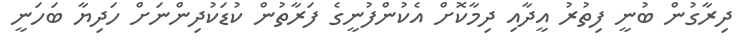
ދިރާގުން ބުނީ ފިތުރު އީދާއި ދިމާކޮށް އެކުންފުނީގެ ފަރާތުން ކުޑަކުދިންނަށް ހަދިޔާ ބަހަނީ